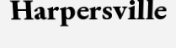
Harpersville